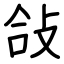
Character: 敆